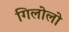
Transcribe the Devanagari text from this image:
गिलोलो